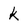
Character: k